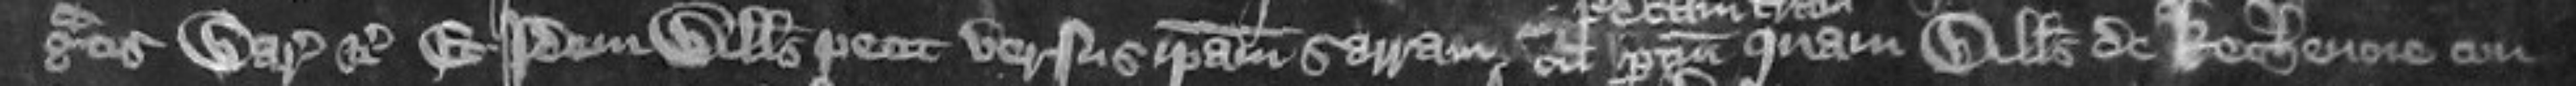
gratis warantizat etc Et idem Willelmus petit versus ipsam Sarram cum pertinenciis quam Willelmus de Kechenore con